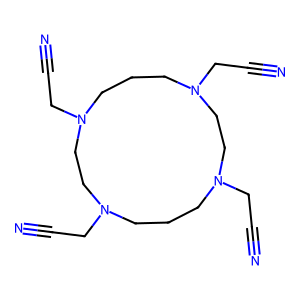
SMILES: N#CCN1CCCN(CC#N)CCN(CC#N)CCCN(CC#N)CC1
Inhibits HIV replication: No